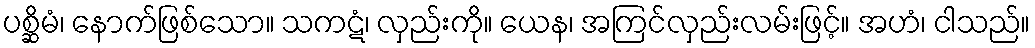
ပစ္ဆိမံ၊ နောက်ဖြစ်သော။ သကဋံ၊ လှည်းကို။ ယေန၊ အကြင်လှည်းလမ်းဖြင့်။ အဟံ၊ ငါသည်။